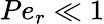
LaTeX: Pe_{r}\ll 1